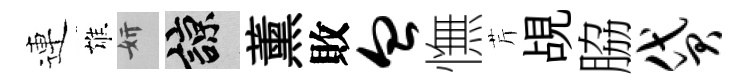
連雄妍諒薰敗血憮芹覘脇贷